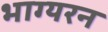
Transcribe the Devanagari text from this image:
भाग्यरन